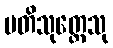
ပတိသုတ္တေသု